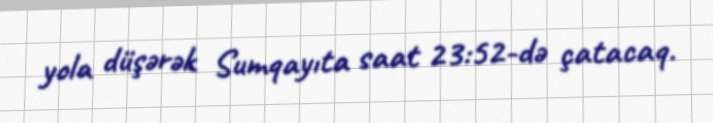
yola düşərək Sumqayıta saat 23:52-də çatacaq.